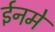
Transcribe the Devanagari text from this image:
ईनमें